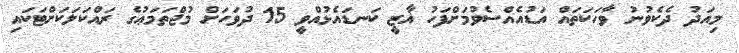
މިއަދު ދެކެވުނު ވާހަކަތައް އަޑުއެއްސެވުމަށްފަހު ޣާޒީ ކަނޑައެޅުއްވީ 15 ދުވަހަށް މުޖްތަަމަޢުގެ ރައްކަލަކަށްޓަކައި